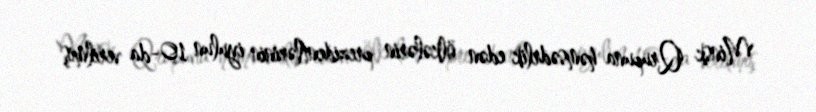
Minsk Qrupuna həmsədrlik edən ölkələrin prezidentlərinin iyulun 10-da verilmiş